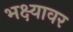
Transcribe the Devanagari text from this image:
भक्ष्यावर